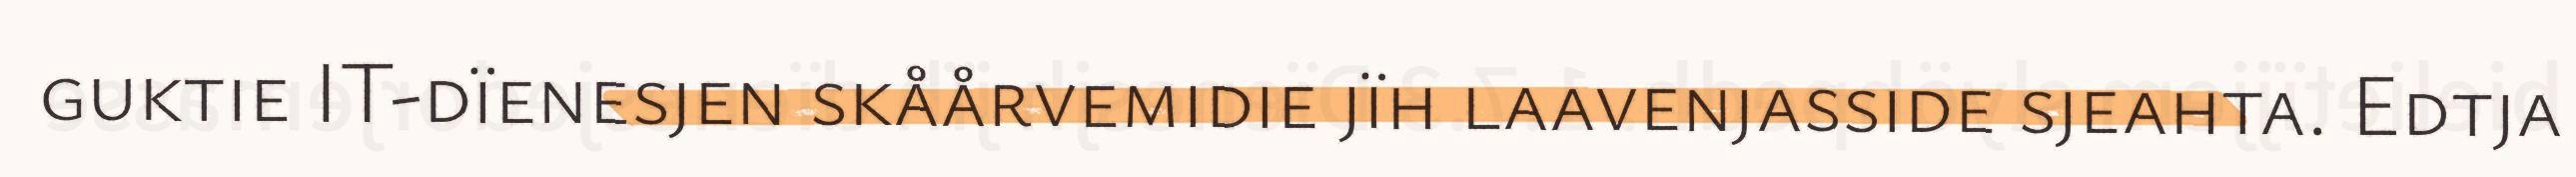
guktie IT-dïenesjen skåårvemidie jïh laavenjasside sjeahta. Edtja